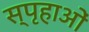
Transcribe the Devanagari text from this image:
स्पृहाओं